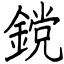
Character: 鎲